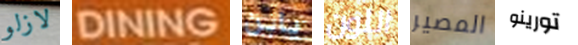
لازلو DINING يابن اللون المصير تورينو